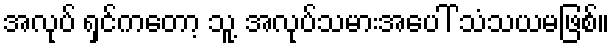
အလုပ် ရှင်ကတော့ သူ့ အလုပ်သမားအပေါ် သံသယမဖြစ်။